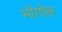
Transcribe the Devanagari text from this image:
भोगोल